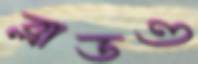
ব্লাডও